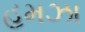
હમઝા